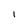
Character: 1